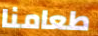
طعامنا